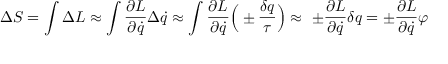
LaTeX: \Delta S = \int \Delta L \approx \int { \frac { \partial L } { \partial { \dot { q } } } } \Delta { \dot { q } } \approx \int { \frac { \partial L } { \partial { \dot { q } } } } { \Bigl ( } \pm { \frac { \delta q } { \tau } } { \Bigr ) } \approx \ \pm { \frac { \partial L } { \partial { \dot { q } } } } \delta q = \pm { \frac { \partial L } { \partial { \dot { q } } } } \varphi